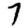
Digit: 7